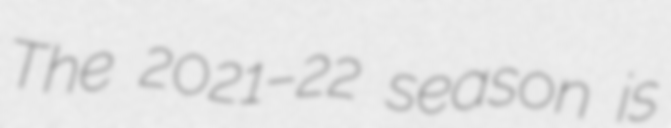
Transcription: The 2021–22 season is